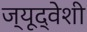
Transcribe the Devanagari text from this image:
ज्यूद्वेशी